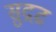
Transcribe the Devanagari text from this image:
सुद्रढ